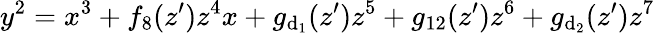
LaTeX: y^{2}=x^{3}+f_{8}(z^{\prime})z^{4}x+g_{\mathrm{d}_{1}}(z^{\prime})z^{5}+g_{12}(z^{\prime})z^{6}+g_{\mathrm{d}_{2}}(z^{\prime})z^{7}